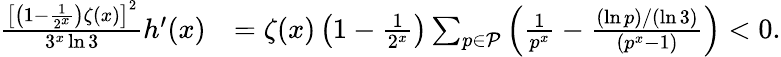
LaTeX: \begin{array}{rl}{\frac{\left[\left(1-\frac{1}{2^{x}}\right)\zeta(x)\right]^{2}}{3^{x}\ln 3}h^{\prime}(x)}&{=\zeta(x)\left(1-\frac{1}{2^{x}}\right)\sum_{p\in\mathcal{P}}\left(\frac{1}{p^{x}}-\frac{(\ln p)/(\ln 3)}{(p^{x}-1)}\right)<0.}\end{array}